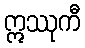
ဣဿုကီ